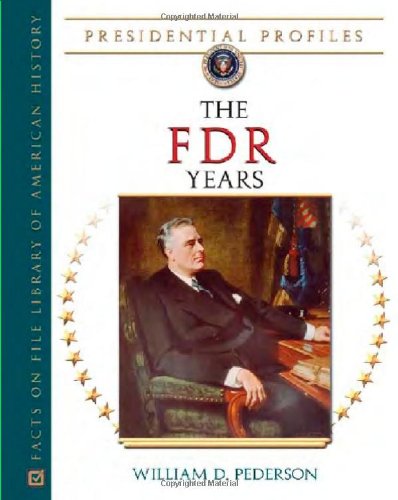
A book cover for The FDR Years (Presidential Profiles); William D. Pederson; Teen & Young Adult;